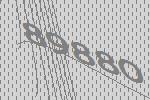
89880